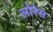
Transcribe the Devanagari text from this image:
लोरेस